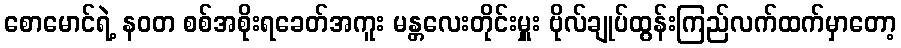
စောမောင်ရဲ့ နဝတ စစ်အစိုးရခေတ်အကူး မန္တလေးတိုင်းမှူး ဗိုလ်ချုပ်ထွန်းကြည်လက်ထက်မှာတော့